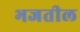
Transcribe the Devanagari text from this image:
भजतील